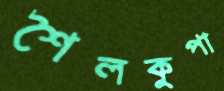
শৈলকুপা